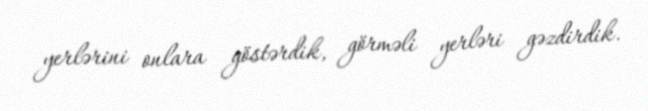
yerlərini onlara göstərdik, görməli yerləri gəzdirdik.